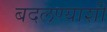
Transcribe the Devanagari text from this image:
बदलण्याशी